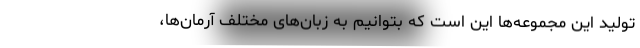
تولید این مجموعه‌ها این است که بتوانیم به زبان‌های مختلف آرمان‌ها،